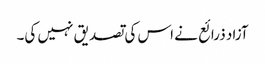
آزاد ذرائع نے اس کی تصدیق نہیں کی۔